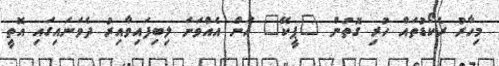
މިހާރު ރެކޯޑުތައް ހުރި ގޮތުން "ޕީކޭ" އަށް އެއްވަނަ ލިބިފައިވާއިރު ދެވަނައިގައި އޮތީ